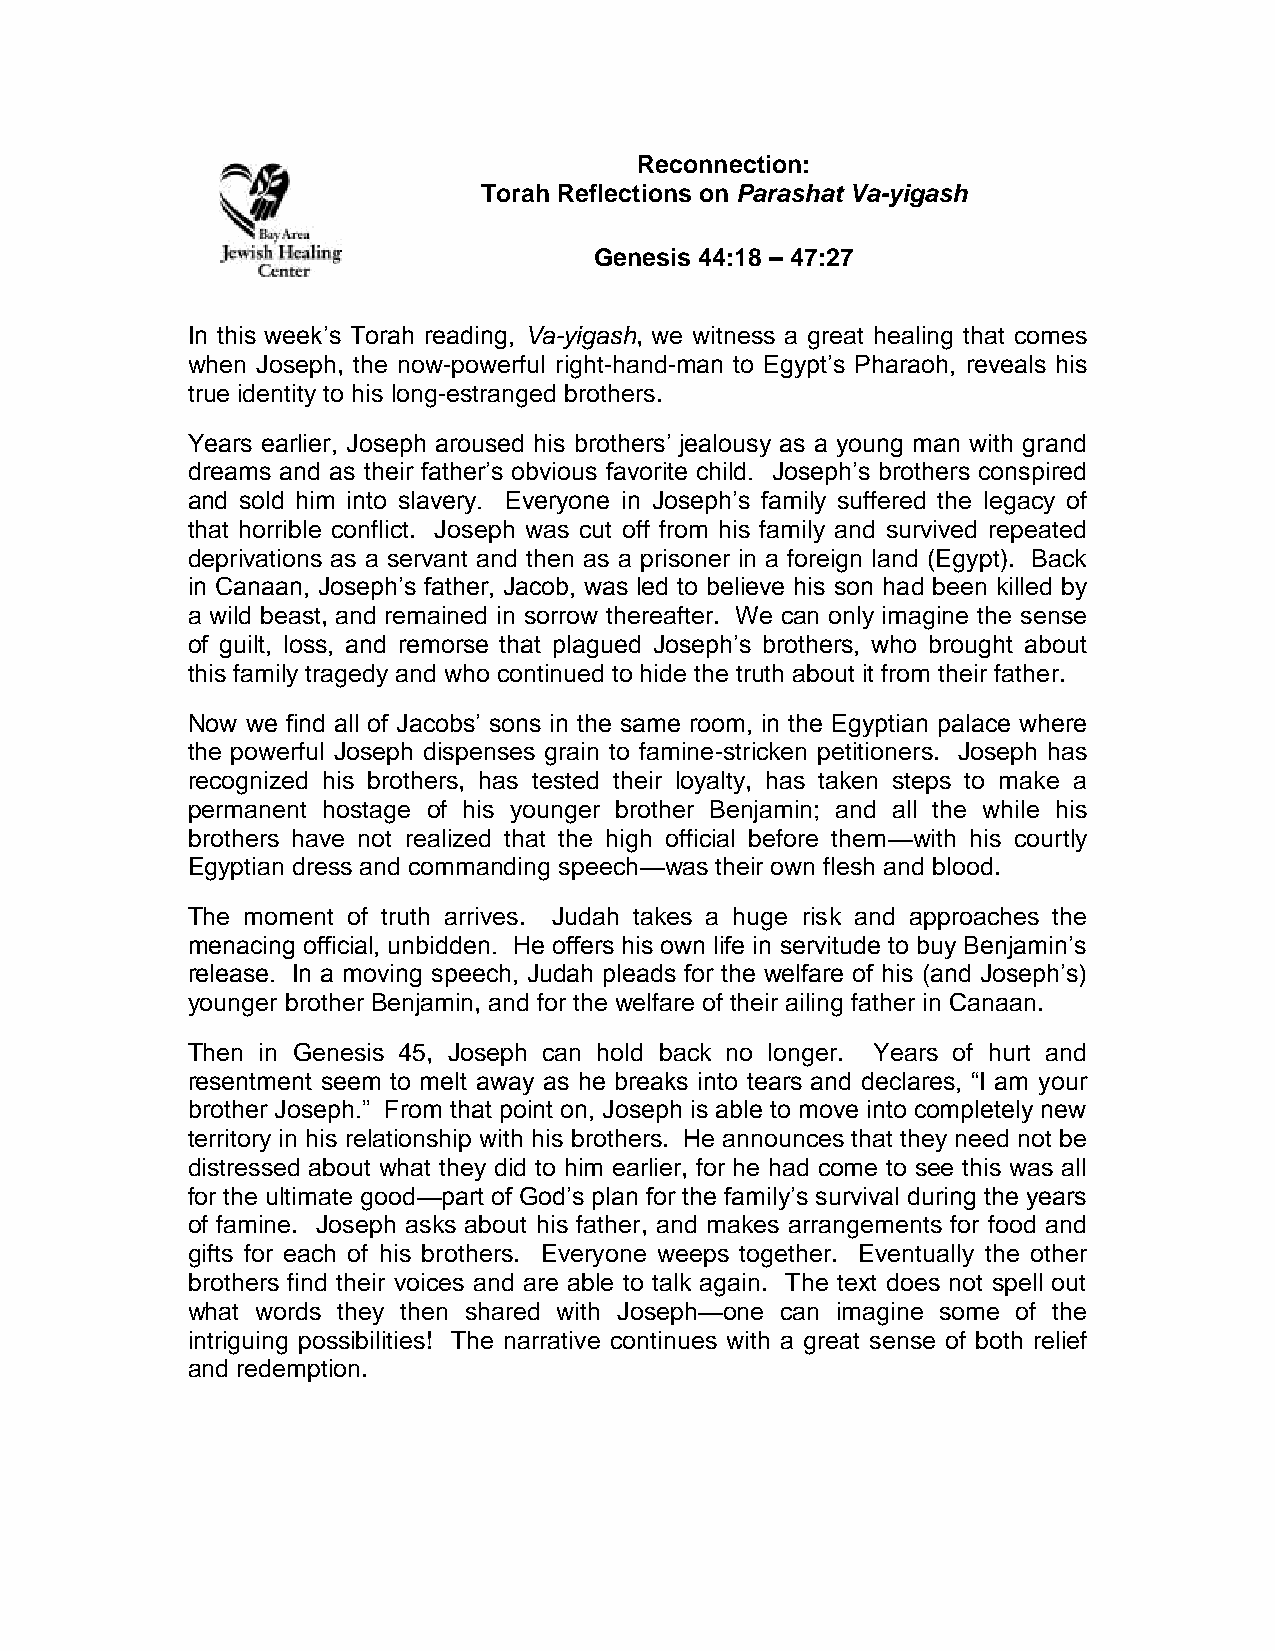
Reconnection:
 Torah Reflections on Parashat Va-yigash
 Genesis 44:18 – 47:27
 In this week’s Torah reading, Va-yigash, we witness a great healing that comes
 when Joseph, the now-powerful right-hand-man to Egypt’s Pharaoh, reveals his
 true identity to his long-estranged brothers.
 Years earlier, Joseph aroused his brothers’ jealousy as a young man with grand
 dreams and as their father’s obvious favorite child. Joseph’s brothers conspired
 and sold him into slavery. Everyone in Joseph’s family suffered the legacy of
 that horrible conflict. Joseph was cut off from his family and survived repeated
 deprivations as a servant and then as a prisoner in a foreign land (Egypt). Back
 in Canaan, Joseph’s father, Jacob, was led to believe his son had been killed by
 a wild beast, and remained in sorrow thereafter. We can only imagine the sense
 of guilt, loss, and remorse that plagued Joseph’s brothers, who brought about
 this family tragedy and who continued to hide the truth about it from their father.
 Now we find all of Jacobs’ sons in the same room, in the Egyptian palace where
 the powerful Joseph dispenses grain to famine-stricken petitioners. Joseph has
 recognized his brothers, has tested their loyalty, has taken steps to make a
 permanent hostage of his younger brother Benjamin; and all the while his
 brothers have not realized that the high official before them—with his courtly
 Egyptian dress and commanding speech—was their own flesh and blood.
 The moment of truth arrives. Judah takes a huge risk and approaches the
 menacing official, unbidden. He offers his own life in servitude to buy Benjamin’s
 release. In a moving speech, Judah pleads for the welfare of his (and Joseph’s)
 younger brother Benjamin, and for the welfare of their ailing father in Canaan.
 Then in Genesis 45, Joseph can hold back no longer. Years of hurt and
 resentment seem to melt away as he breaks into tears and declares, “I am your
 brother Joseph.” From that point on, Joseph is able to move into completely new
 territory in his relationship with his brothers. He announces that they need not be
 distressed about what they did to him earlier, for he had come to see this was all
 for the ultimate good—part of God’s plan for the family’s survival during the years
 of famine. Joseph asks about his father, and makes arrangements for food and
 gifts for each of his brothers. Everyone weeps together. Eventually the other
 brothers find their voices and are able to talk again. The text does not spell out
 what words they then shared with Joseph—one can imagine some of the
 intriguing possibilities! The narrative continues with a great sense of both relief
 and redemption.